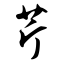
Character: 芹